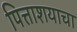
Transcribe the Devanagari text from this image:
पित्ताशयाचा